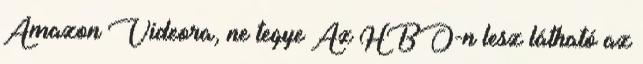
Amazon Videora, ne tegye Az HBO-n lesz látható az